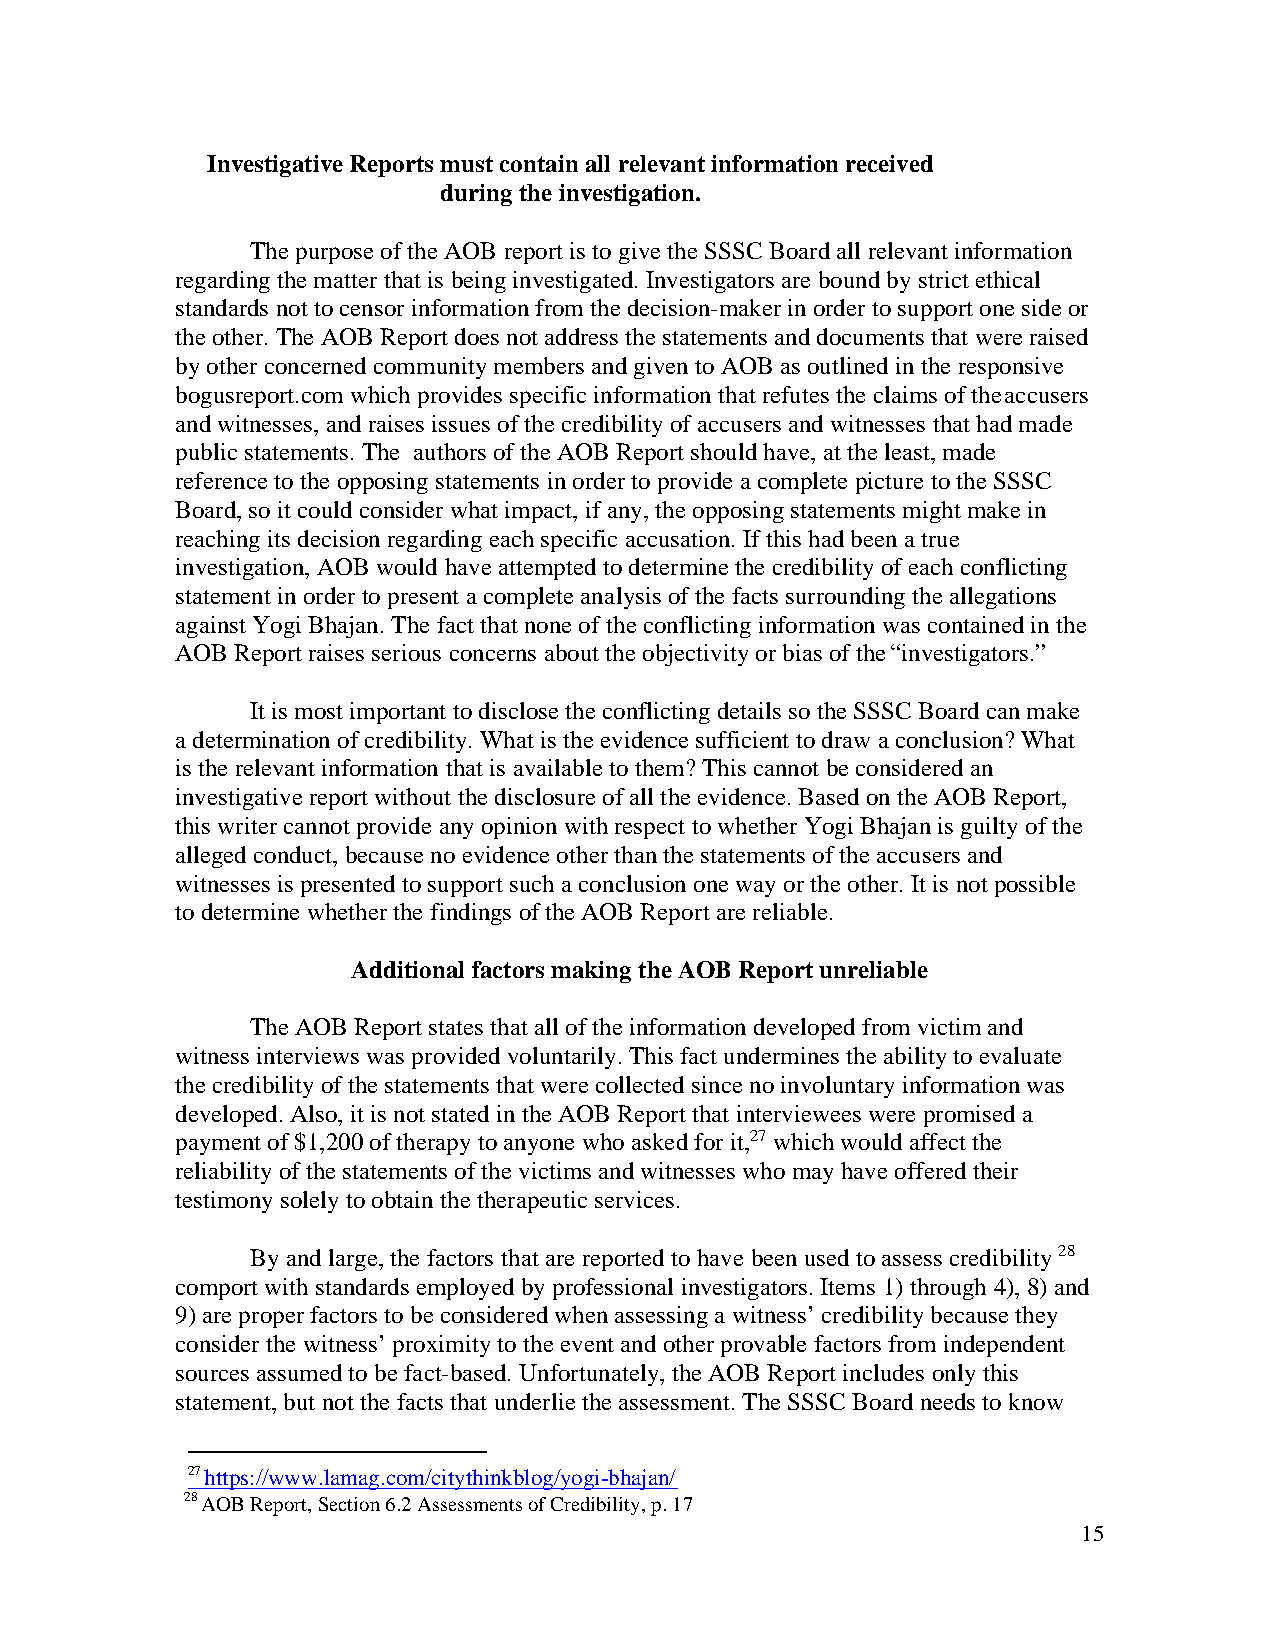
Investigative Reports must contain all relevant information received
 during the investigation.
 The purpose of the AOB report is to give the SSSC Board all relevant information
 regarding the matter that is being investigated. Investigators are bound by strict ethical
 standards not to censor information from the decision-maker in order to support one side or
 the other. The AOB Report does not address the statements and documents that were raised
 by other concerned community members and given to AOB as outlined in the responsive
 bogusreport.com which provides specific information that refutes the claims of the accusers
 and witnesses, and raises issues of the credibility of accusers and witnesses that had made
 public statements. The authors of the AOB Report should have, at the least, made
 reference to the opposing statements in order to provide a complete picture to the SSSC
 Board, so it could consider what impact, if any, the opposing statements might make in
 reaching its decision regarding each specific accusation. If this had been a true
 investigation, AOB would have attempted to determine the credibility of each conflicting
 statement in order to present a complete analysis of the facts surrounding the allegations
 against Yogi Bhajan. The fact that none of the conflicting information was contained in the
 AOB Report raises serious concerns about the objectivity or bias of the “investigators.”
 It is most important to disclose the conflicting details so the SSSC Board can make
 a determination of credibility. What is the evidence sufficient to draw a conclusion? What
 is the relevant information that is available to them? This cannot be considered an
 investigative report without the disclosure of all the evidence. Based on the AOB Report,
 this writer cannot provide any opinion with respect to whether Yogi Bhajan is guilty of the
 alleged conduct, because no evidence other than the statements of the accusers and
 witnesses is presented to support such a conclusion one way or the other. It is not possible
 to determine whether the findings of the AOB Report are reliable.
 Additional factors making the AOB Report unreliable
 The AOB Report states that all of the information developed from victim and
 witness interviews was provided voluntarily. This fact undermines the ability to evaluate
 the credibility of the statements that were collected since no involuntary information was
 developed. Also, it is not stated in the AOB Report that interviewees were promised a
 payment of $1,200 of therapy to anyone who asked for it,27 which would affect the
 reliability of the statements of the victims and witnesses who may have offered their
 testimony solely to obtain the therapeutic services.
 By and large, the factors that are reported to have been used to assess credibility 28
 comport with standards employed by professional investigators. Items 1) through 4), 8) and
 9) are proper factors to be considered when assessing a witness’ credibility because they
 consider the witness’ proximity to the event and other provable factors from independent
 sources assumed to be fact-based. Unfortunately, the AOB Report includes only this
 statement, but not the facts that underlie the assessment. The SSSC Board needs to know
 27 https://www.lamag.com/citythinkblog/yogi-bhajan/
 28 AOB Report, Section 6.2 Assessments of Credibility, p. 17
 15